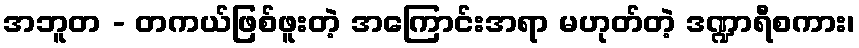
အဘူတ - တကယ်ဖြစ်ဖူးတဲ့ အကြောင်းအရာ မဟုတ်တဲ့ ဒဏ္ဍာရီစကား၊